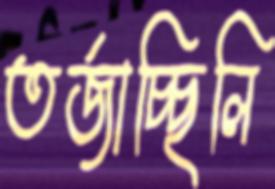
তর্জাচ্ছিলি